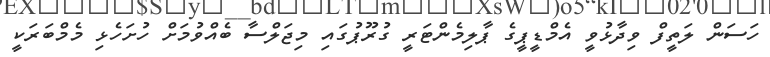
ހަސަން ލަތީފް ވިދާޅުވީ އެމްޑީޕީގެ ޕާލިމެންޓަރީ ގުރޫޕުގައި މިޖަލްސާ ބެއްވުމަށް ހުށަހެޅި މެމްބަރަކީ